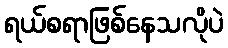
ရယ်စရာဖြစ်နေသလိုပဲ